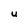
Character: U